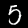
Label: 5